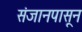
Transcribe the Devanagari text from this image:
संजानपासून